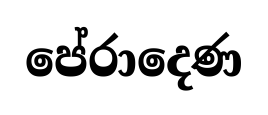
පේරාදෙණ